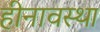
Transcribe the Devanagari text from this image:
हीनावस्था